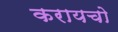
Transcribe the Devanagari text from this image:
करायचो